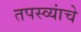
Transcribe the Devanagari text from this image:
तपस्व्यांचे